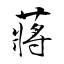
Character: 蔣